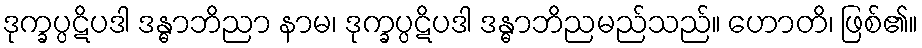
ဒုက္ခပ္ပဋိပဒါ ဒန္ဓာဘိညာ နာမ၊ ဒုက္ခပ္ပဋိပဒါ ဒန္ဓာဘိညမည်သည်။ ဟောတိ၊ ဖြစ်၏။